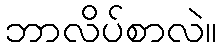
ဘာလိပ်စာလဲ။